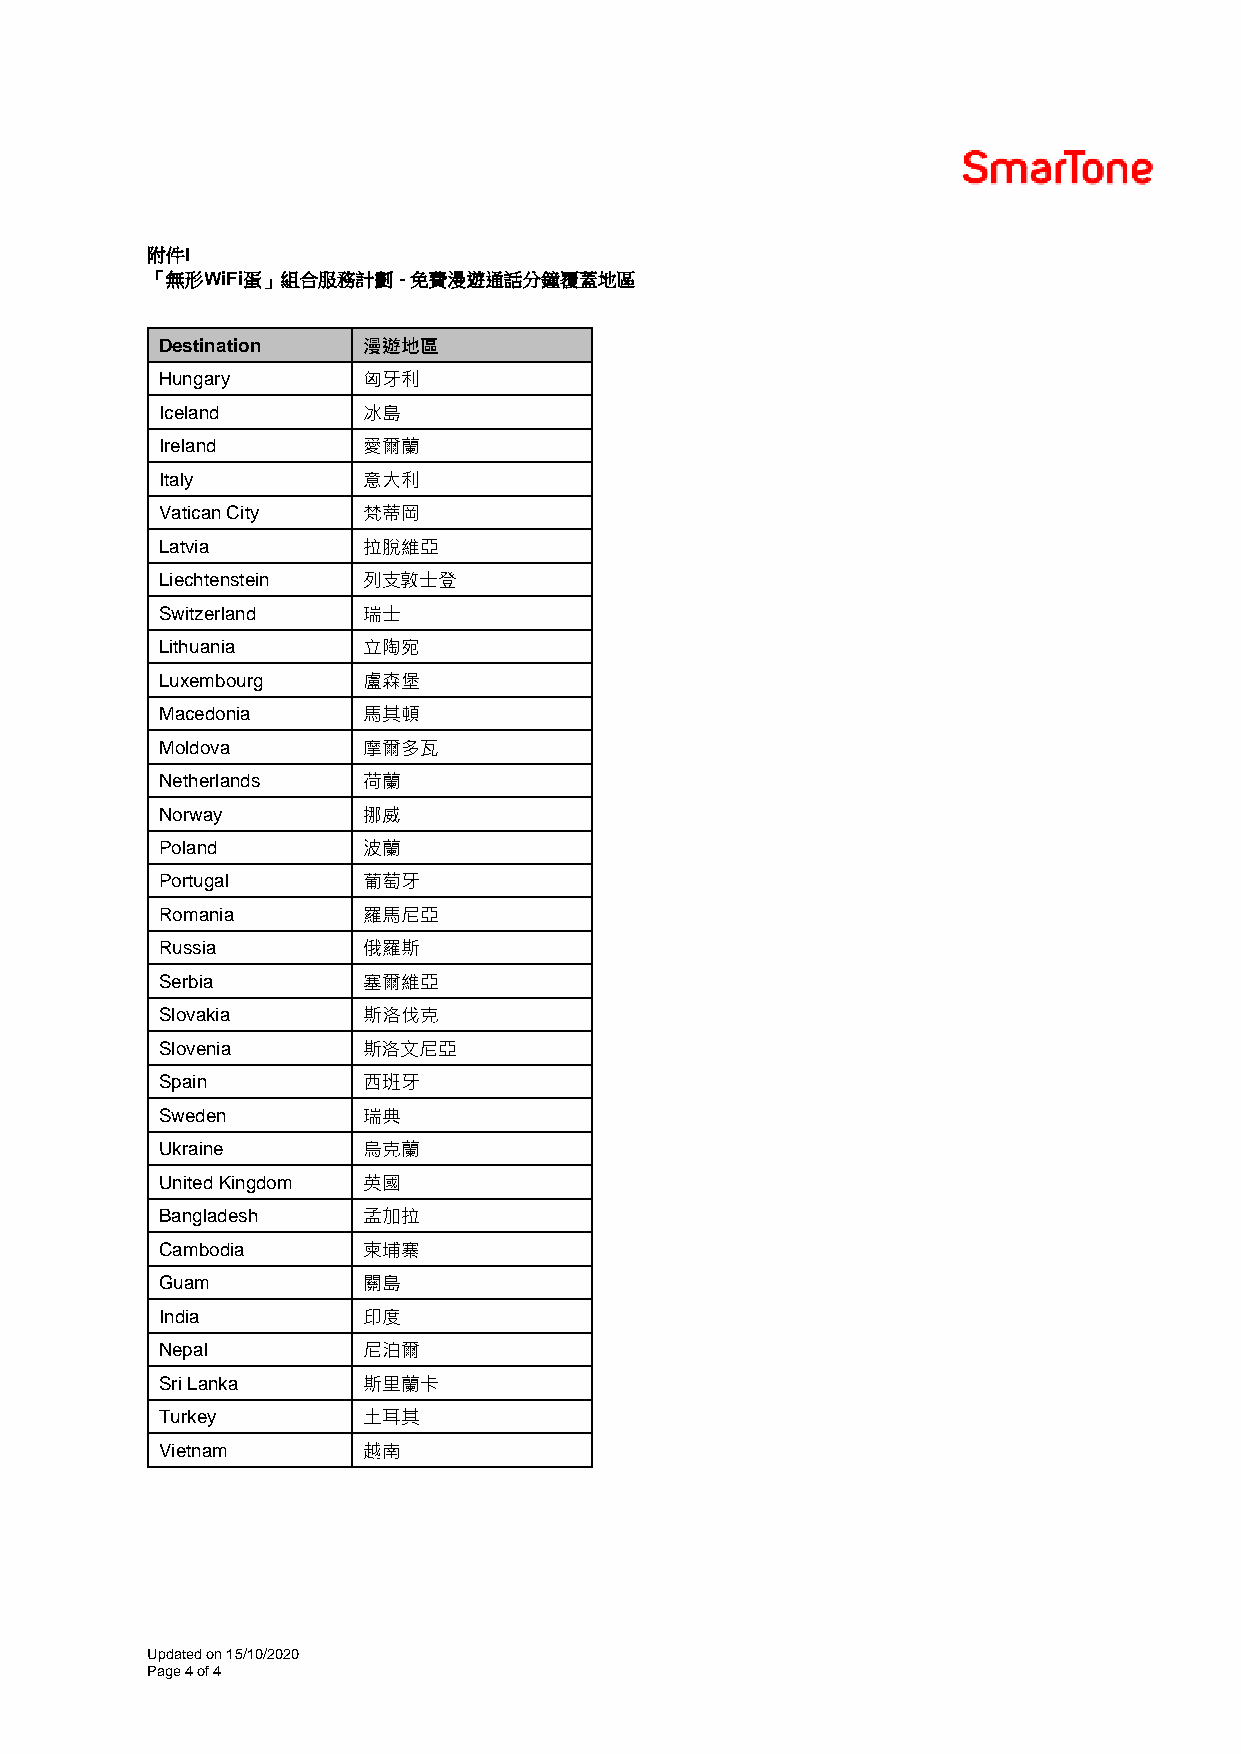
附件I
 「無形WiFi蛋」組合服務計劃 - 免費漫遊通話分鐘覆蓋地區
 Destination  漫遊地區
 Hungary      匈牙利
 Iceland      冰島
 Ireland      愛爾蘭
 Italy        意大利
 Vatican City 梵蒂岡
 Latvia       拉脫維亞
 Liechtenstein 列支敦士登
 Switzerland  瑞士
 Lithuania    立陶宛
 Luxembourg   盧森堡
 Macedonia    馬其頓
 Moldova      摩爾多瓦
 Netherlands  荷蘭
 Norway       挪威
 Poland       波蘭
 Portugal     葡萄牙
 Romania      羅馬尼亞
 Russia       俄羅斯
 Serbia       塞爾維亞
 Slovakia     斯洛伐克
 Slovenia     斯洛文尼亞
 Spain        西班牙
 Sweden       瑞典
 Ukraine      烏克蘭
 United Kingdom 英國
 Bangladesh   孟加拉
 Cambodia     柬埔寨
 Guam         關島
 India        印度
 Nepal        尼泊爾
 Sri Lanka    斯里蘭卡
 Turkey       土耳其
 Vietnam      越南
 Updated on 15/10/2020
 Page 4 of 4